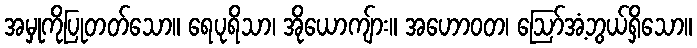
အမှုကိုပြုတတ်သော။ ရေပုရိသာ၊ အိုယောကျ်ား။ အဟောဝတ၊ ဩော်အံ့ဘွယ်ရှိသော။